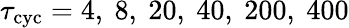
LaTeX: \tau_{\mathrm{cyc}}=4,\ 8,\ 20,\ 40,\ 200,\ 400